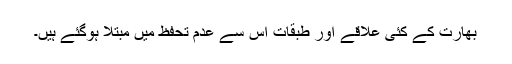
بھارت کے کئی علاقے اور طبقات اس سے عدم تحفظ میں مبتلا ہوگئے ہیں۔